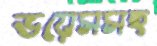
ভয়েসসহ